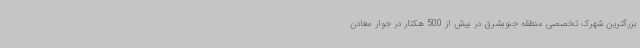
بزرگترین شهرک تخصصی منطقه جنوبشرق در بیش از 500 هکتار در جوار معادن